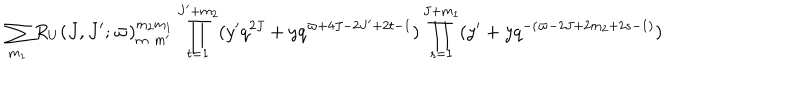
\sum _ { m _ { 1 } } R _ { U } ( J , J ^ { \prime } ; \varpi ) _ { m _ { \phantom { 2 } } m ^ { \prime } } ^ { m _ { 2 } m _ { 1 } } \prod _ { t = 1 } ^ { J ^ { \prime } + m _ { 2 } } ( y ^ { \prime } q ^ { 2 J } + y q ^ { \varpi + 4 J - 2 J ^ { \prime } + 2 t - 1 } ) \prod _ { s = 1 } ^ { J + m _ { 1 } } ( y ^ { \prime } + y q ^ { - ( \varpi - 2 J + 2 m _ { 2 } + 2 s - 1 ) } )